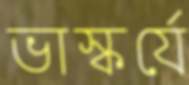
ভাস্কর্যে